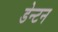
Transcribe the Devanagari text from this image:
डेन्टन